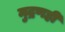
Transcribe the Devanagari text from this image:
मुद्रणही